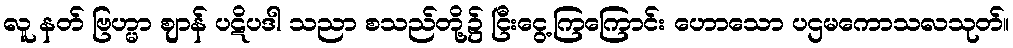
လူ နတ် ဗြဟ္မာ ဈာန် ပဋိပဒါ သညာ စသည်တို့၌ ငြီးငွေ့ကြကြောင်း ဟောသော ပဌမကောသလသုတ်။